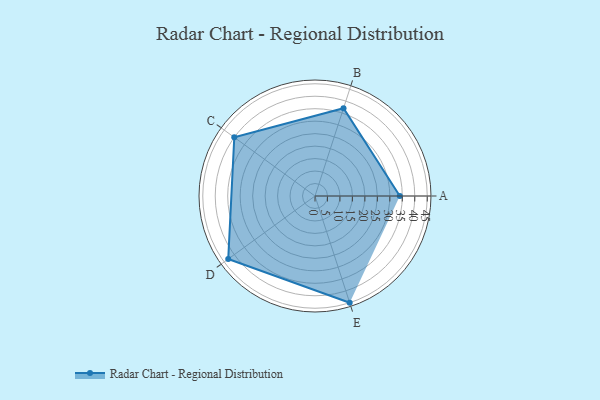
{"axis": {"x": "Skill", "y": "Score"}, "legend": ["Profile"], "data": [{"x": "A", "y": 34.0, "type": "Profile"}, {"x": "B", "y": 37.0, "type": "Profile"}, {"x": "C", "y": 40.0, "type": "Profile"}, {"x": "D", "y": 43.0, "type": "Profile"}, {"x": "E", "y": 45.0, "type": "Profile"}]}